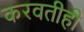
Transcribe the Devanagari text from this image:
करवतीही